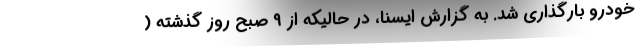
خودرو بارگذاری شد. به گزارش ایسنا، در حالیکه از ۹ صبح روز گذشته (